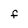
Character: f